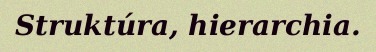
Struktúra, hierarchia.